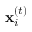
\mathbf { x } _ { i } ^ { ( t ) }